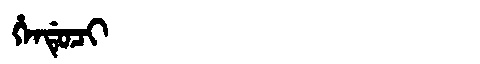
Manchu: ᡥᡝᠨᡩᡠᠴᡳ
Romanization: HENDUCI